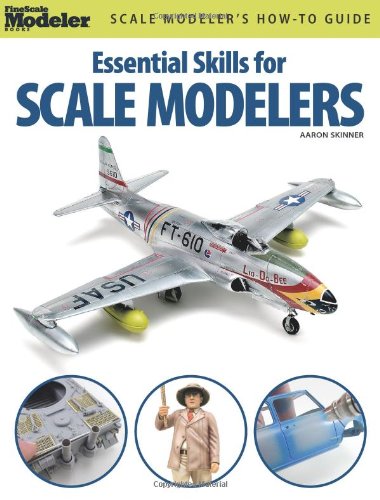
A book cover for Essential Skills for Scale Modelers (FineScale Modeler Books); Aaron Skinner; Crafts, Hobbies & Home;